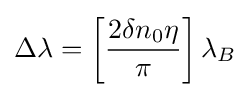
\Delta \lambda =\left[{\frac {2\delta n_{0}\eta }{\pi }}\right]\lambda _{B}